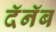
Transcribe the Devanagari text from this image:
दॅनॅब